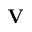
\textbf { V }